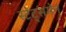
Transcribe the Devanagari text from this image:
स्टेट्समेन